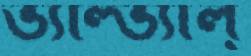
ভ্যাল্‌ভ্যাল্‌